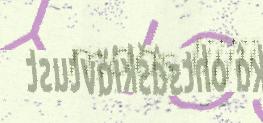
moos lijjii